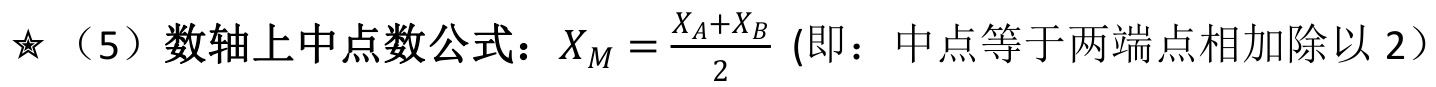
★（5）数轴上中点数公式：\(X_M = \frac{X_A + X_B}{2}\) (即：中点等于两端点相加除以 2）